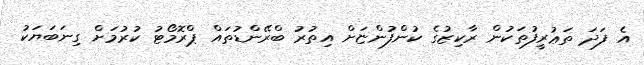
އެ ފަދަ ތަޢުރީފުތަކުން ރާކިޒުގެ ކުންފުންޏަށް އިތުރު ބްރޭންޑުތައް ޕްރޮމޯޓު ކުރުމަށް ގިނަބަޔަކު